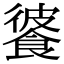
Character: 𩜔